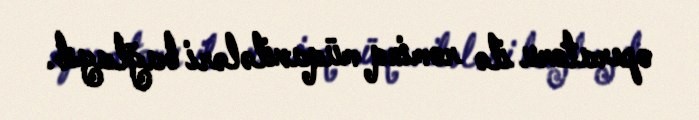
operatoru ilə rominq müqavilələri bağlayıb.